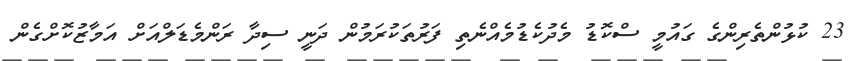
23 ކުޅުންތެރިންގެ ގައުމީ ސްކޮޑު މެދުކެޑުމެއްނެތި ފަރުތަކުރަމުން ދަނީ ސިދާ ރަންމެޑަލްއަށް އަމާޒުކޮށްގެން